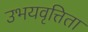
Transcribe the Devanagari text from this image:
उभयवृत्तिता